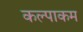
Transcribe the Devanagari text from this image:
कल्पाकम